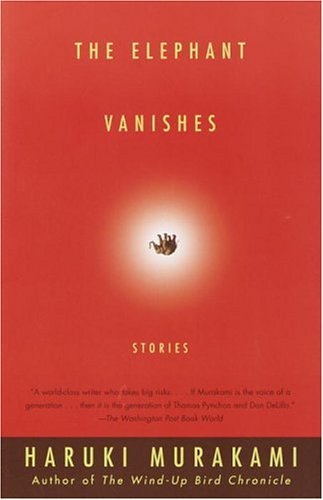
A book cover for The Elephant Vanishes: Stories; Haruki Murakami; Science Fiction & Fantasy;